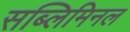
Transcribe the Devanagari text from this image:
सब्लिमिनल